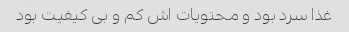
غذا سرد بود و محتویات اش کم و بی کیفیت بود